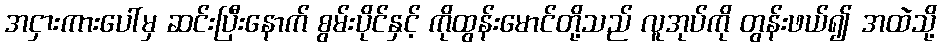
အငှားကားပေါ်မှ ဆင်းပြီးနောက် စွမ်းပိုင်နှင့် ကိုထွန်းမောင်တို့သည် လူအုပ်ကို တွန်းဖယ်၍ အထဲသို့